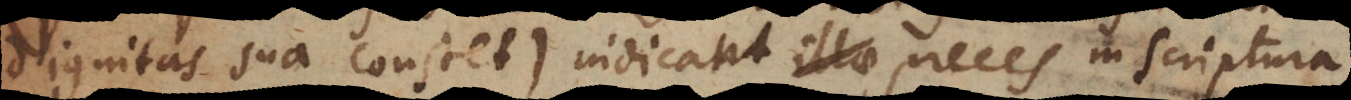
dignitas sua constet), indicant preces in Scriptura